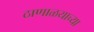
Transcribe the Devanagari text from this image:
ठाणाळयाच्या